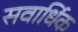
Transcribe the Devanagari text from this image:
सवार्धिक